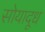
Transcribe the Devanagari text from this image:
सोयादूध